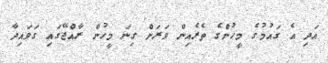
އަދި އެ ގައުމުގެ މީހުންގެ ތެރެއިން ވަރަށް ގިނަ މީހުން ރާއްޖޭގައި ގަވައިދާ